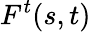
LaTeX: {F^{t}}(s,t)